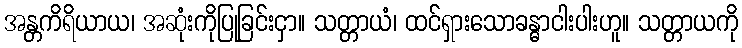
အန္တကိရိယာယ၊ အဆုံးကိုပြုခြင်းငှာ။ သတ္တာယံ၊ ထင်ရှားသောခန္ဓာငါးပါးဟူ။ သတ္တာယကို